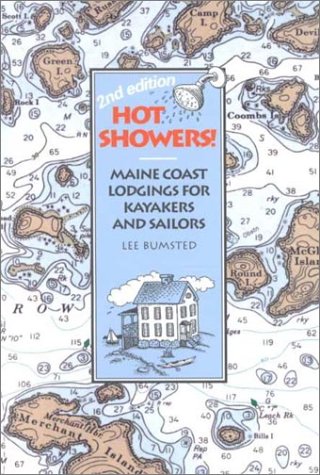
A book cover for Hot Showers!: Maine Coast Lodgings for Kayakers and Sailors; Lee Bumsted; Travel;